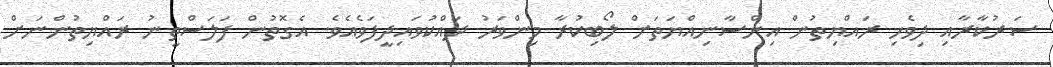
ސަރުކާރާއި ދިވެހި ރައްޔިތުން އިންސާނިއްޔަތަށް ލޯބިކުރާ މިންވަރު ދައްކުވައިދީފަވެއެވެ. އެގޮތުން ފަލަސްތީނު ރައްޔިތުންނަށް